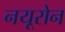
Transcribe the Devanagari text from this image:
नयूरोन